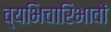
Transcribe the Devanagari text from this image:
व्यभिचारिभावों